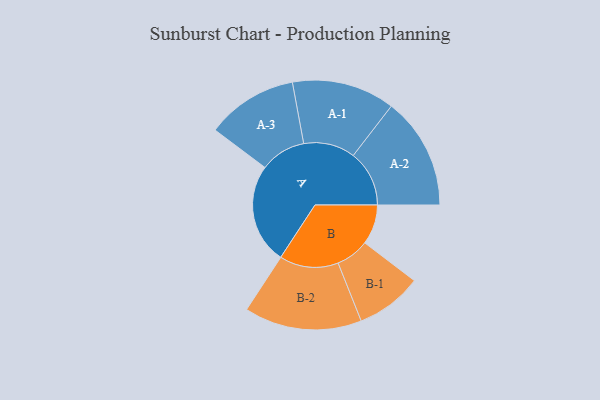
{"axis": {"x": "Segment", "y": "Value"}, "legend": ["", "A", "B"], "data": [{"x": "A", "y": 465, "type": ""}, {"x": "B", "y": 185, "type": ""}, {"x": "A-1", "y": 239, "type": "A"}, {"x": "A-2", "y": 260, "type": "A"}, {"x": "A-3", "y": 212, "type": "A"}, {"x": "B-1", "y": 154, "type": "B"}, {"x": "B-2", "y": 273, "type": "B"}]}